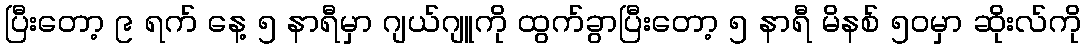
ပြီးတော့ ၉ ရက် နေ့ ၅ နာရီမှာ ဂျယ်ဂျူကို ထွက်ခွာပြီးတော့ ၅ နာရီ မိနစ် ၅၀မှာ ဆိုးလ်ကို